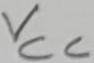
Text: VCC